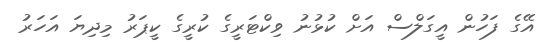
އޭގެ ފަހުން އީގަލްސް އަށް ކުޅުނު ވިކްޓަރީގެ ކުރީގެ ކީޕަރު މިދިޔަ އަހަރު